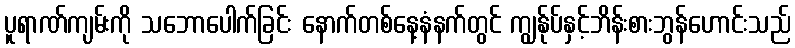
ပူရာဏ်ကျမ်းကို သဘောပေါက်ခြင်း နောက်တစ်နေ့နံနက်တွင် ကျွန်ုပ်နှင့်ဘိန်းစားဘွန်ဟောင်းသည်